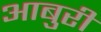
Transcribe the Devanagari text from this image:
आबुरी